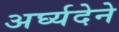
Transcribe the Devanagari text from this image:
अर्घ्यदेने